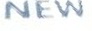
NEW